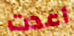
اعدت